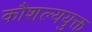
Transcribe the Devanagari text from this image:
कौशल्ययुक्त